Vaccination report Assam 1874-1896 - 1874-1896
Year: 1874
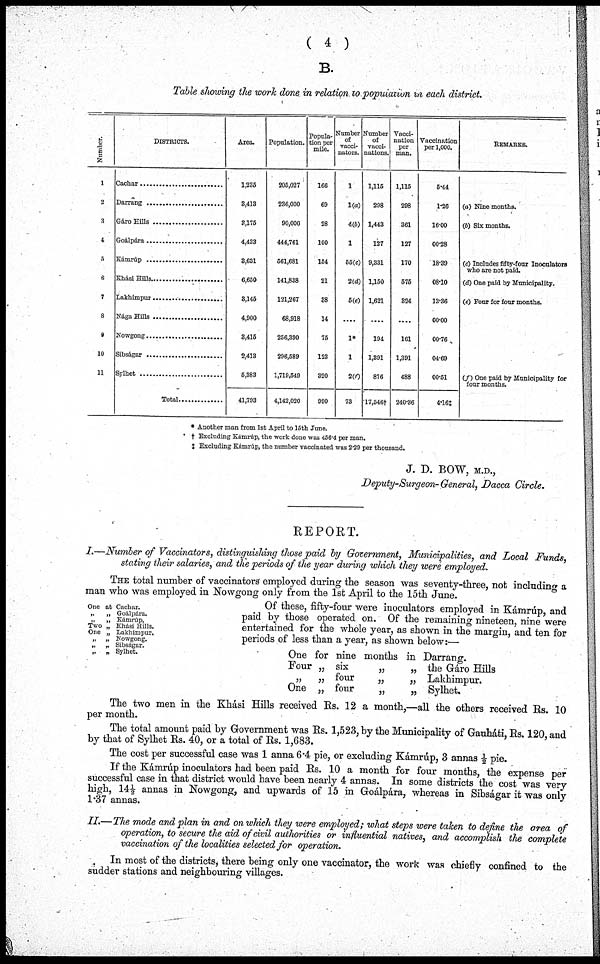
( 4 )
B.
Table showing the work done in relation to population in each district
Number.
1
2
3
4
5
6
7
8
9
10
11
DISTRICTS.
Cachar ............................
Darrang ........................
Gáro Hills ........................
Goálpára ........................
Kámrúp ........................
Khási Hills ................
Lakhimpur ................
Nága Hills ................
Nowgong ................
Sibságar ....................
Sylhet ....................
Total ................
Area.
1,235
3,413
3,175
4,433
8,631
6,650
3,145
4,900
3,415
2,413
5,383
41,793
Population.
205,027
236,000
90,000
444,761
561,681
141,838
121,267
68,918
256,390
296,589
1,719,549
4,142,020
Popula-
tion per
mile.
166
69
28
100
154
21
38
14
75
123
320
990
Number
of
vacci¬
nators.
1
1(a)
4(b)
1
55(c)
2(d)
5(e)
....
1*
1
200
73
Number
of
vacci-
nations.
1,115
298
1,443
127
9,331
1,150
1,621
....
194
1,391
876
17,546†
Vacci-
nation
per
man.
1,115
298
361
127
170
575
324
....
161
1,391
488
240.36
Vaccination
per 1,000.
5.44
1.26
16.00
00.28
18.39
08.10
13.36
00.00
00.76
04.69
00.51
4.16‡
REMARKS.
(a) Nine months.
(b) Six months.
(c) Includes fifty-four Inoculators
who are not paid.
(d) One paid by Municipality.
(e) Four for four months.
(f) One paid by Municipality for
four months.
* Another man from 1st April to 15th June.
† Excluding Kámrúp, the work done was 456.4 per man.
‡ Excluding Kámrúp, the number vaccinated was 2.29 per thousand.
J. D. BOW, M.D.,
Deputy-Surgeon-General, Dacca Circle.
REPORT.
I.—Number of Vaccinators, distinguishing those paid by Government, Municipalities, and Local Funds,
stating their salaries, and the periods of the year during which they were employed.
THE total number of vaccinators employed during the season was seventy-three, not including a
man who was employed in Nowgong only from the 1st April to the 15th June.
One at Cachar.
„
„ Goálpára.
„
„ Kámrúp,
Two „ Khási Hills.
One „ Lakhimpur.
„ „ Nowgong.
„ „ Sibságar.
„ „ Sylhet.
Of these, fifty-four were inoculators employed in Kámrúp, and
paid by those operated on. Of the remaining nineteen, nine were
entertained for the whole year, as shown in the margin, and ten for
periods of less than a year, as shown below:—
One for nine months in Darrang.
Four „ six
„
„ the Gáro Hills
„
„ four
„
„ Lakhimpur.
One „ four
„
„ Sylhet.
The two men in the Khási Hills received Rs. 12 a month,—all the others received Rs. 10
per month.
The total amount paid by Government was Rs. 1,523, by the Municipality of Gauháti, Rs. 120, and
by that of Sylhet Rs. 40, or a total of Rs. 1,683.
The cost per successful case was 1 anna 6.4 pie, or excluding Kámrúp, 3 annas ½ pie.
If the Kámrúp inoculators had been paid Rs. 10 a month for four months, the expense per
successful case in that district would have been nearly 4 annas. In some districts the cost was very
high, 14½ annas in Nowgong, and upwards of 15 in Goálpára, whereas in Sibságar it was only
1.37 annas.
II.—The mode and plan in and on which they were employed; what steps were taken to define the area of
operation, to secure the aid of civil authorities or influential natives, and accomplish the complete
vaccination of the localities selected for operation.
In most of the districts, there being only one vaccinator, the work was chiefly confined to the
sudder stations and neighbouring villages.